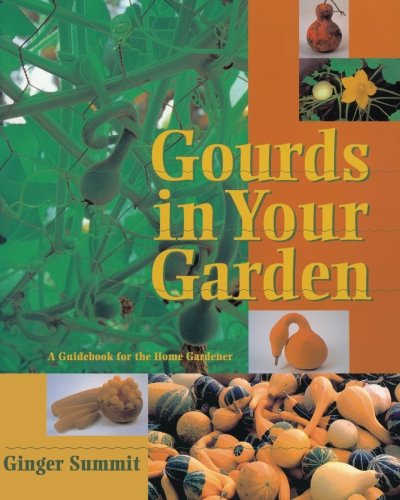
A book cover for Gourds in Your Garden: A Guidebook for the Home Gardener; Ginger Summit; Crafts, Hobbies & Home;